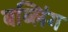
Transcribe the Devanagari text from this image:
बब्लिंग